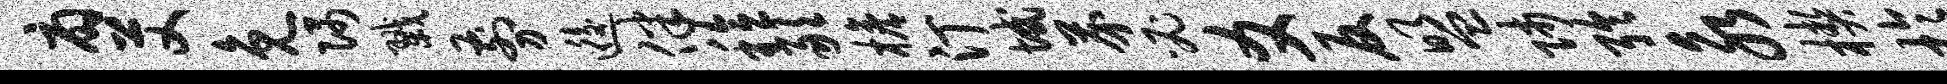
扇艾免隅戮剪逅伴稔敢檐汀域芥必爻反盟师聆永楔于